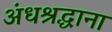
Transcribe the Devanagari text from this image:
अंधश्रद्धाना